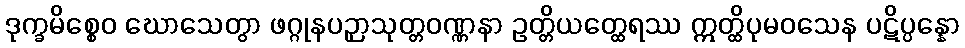
ဒုက္ခမိစ္စေဝ ဃောသေတွာ ဖဂ္ဂုနပဉှာသုတ္တဝဏ္ဏနာ ဥတ္တိယတ္ထေရဿ ဣတ္ထိပုမဝသေန ပဋိပ္ပန္နော